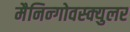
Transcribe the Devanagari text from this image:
मैनिन्गोवस्क्युलर